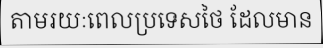
តាមរយៈពេលប្រទេសថៃ ដែលមាន